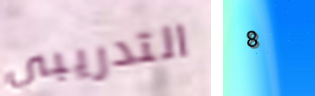
التدريبي 8